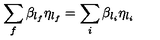
\sum _ { f } \beta _ { l _ { f } } \eta _ { l _ { f } } = \sum _ { i } \beta _ { l _ { i } } \eta _ { l _ { i } }